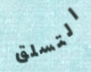
التسلق